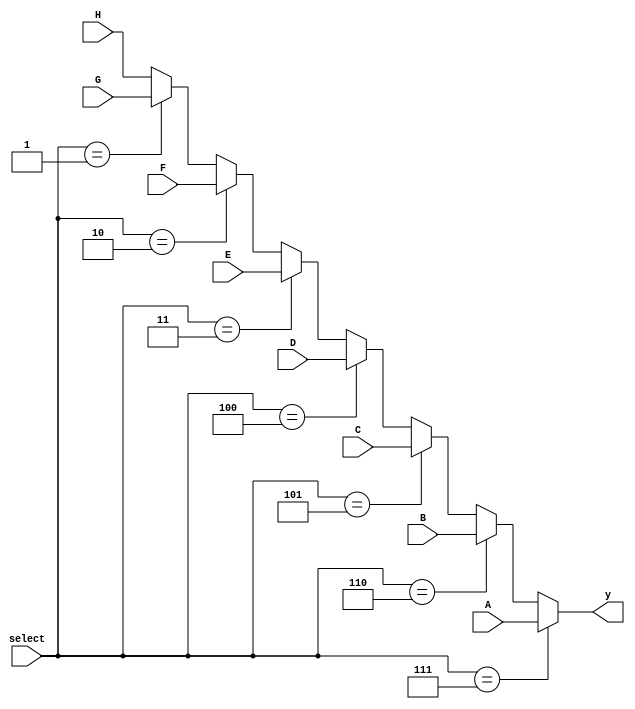
module mux_8_to_1 (
  input [2:0] select,     // Entrada de seleo de 3 bits
  input A,
  input B,
  input C,
  input D,
  input E,
  input F,
  input G,
  input H,
  output y// Sada do MUX
);





//assign y = ((select == 3'b000) & data_inputs[0]) | ((select == 3'b001) & data_inputs[1]) | ((select == 3'b010) & data_inputs[2]) | ((select == 3'b011) & data_inputs[3]) | ((select == 3'b100) & data_inputs[4]) | ((select == 3'b101) & data_inputs[5]) | ((select == 3'b110) & data_inputs[6]) | ((select == 3'b111) & data_inputs[7]) ;

assign y = 		(select == 3'b111) ? A :
               (select == 3'b110) ? B :
               (select == 3'b101) ? C :
               (select == 3'b100) ? D :
               (select == 3'b011) ? E :
               (select == 3'b010) ? F :
               (select == 3'b001) ? G :
					H; //3'b000
					
endmodule